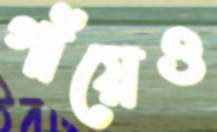
গাঁয়েও